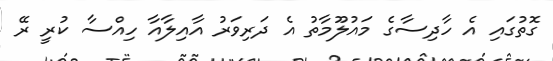
ގޮތުގައި އެ ހާދިސާގެ މައުލޫމާތު އެ ދަރިވަރު އާއިލާއާ ހިއްސާ ކުރީ ރޭ